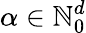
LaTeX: \alpha\in\mathbb{N}_{0}^{d}